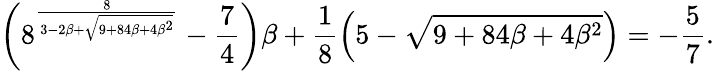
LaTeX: \left(8^{\frac{8}{3-2\beta+\sqrt{9+84\beta+4\beta^{2}}}}-\frac{7}{4}\right)\beta+\frac{1}{8}\left(5-\sqrt{9+84\beta+4\beta^{2}}\right)=-\frac{5}{7}.